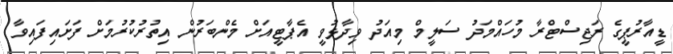
ޑީއާރުޕީގެ ރަޖިސްޓްރާ މުހައްމަދު ސަލީމް މިއަދު ވިދާޅުވީ އެޕާޓީއަށް މެންބަރުން އިތުރުކުރުމަށް ފަށައިފައިވާ